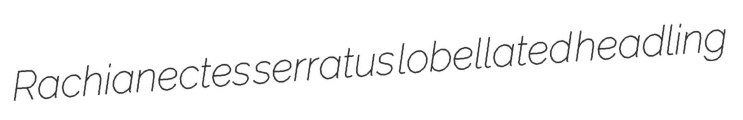
Rachianectes serratus lobellated headling